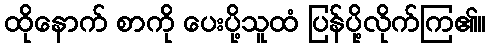
ထိုနောက် စာကို ပေးပို့သူထံ ပြန်ပို့လိုက်ကြ၏။